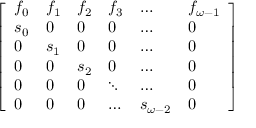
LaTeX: \left[ \begin{array} { l l l l l l } { f _ { 0 } } & { f _ { 1 } } & { f _ { 2 } } & { f _ { 3 } } & { \ldots } & { f _ { \omega - 1 } } \\ { s _ { 0 } } & { 0 } & { 0 } & { 0 } & { \ldots } & { 0 } \\ { 0 } & { s _ { 1 } } & { 0 } & { 0 } & { \ldots } & { 0 } \\ { 0 } & { 0 } & { s _ { 2 } } & { 0 } & { \ldots } & { 0 } \\ { 0 } & { 0 } & { 0 } & { \ddots } & { \ldots } & { 0 } \\ { 0 } & { 0 } & { 0 } & { \ldots } & { s _ { \omega - 2 } } & { 0 } \end{array} \right]